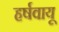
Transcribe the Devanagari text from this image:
हर्षवायू